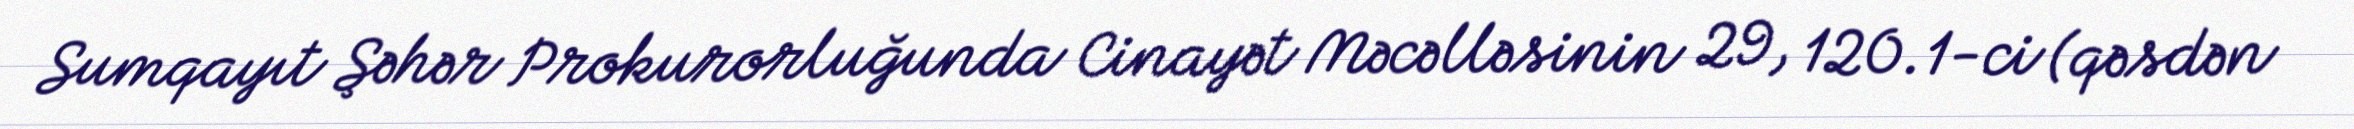
Sumqayıt Şəhər Prokurorluğunda Cinayət Məcəlləsinin 29, 120.1-ci (qəsdən